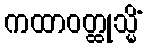
ကထာဝတ္ထုသ္မိံ